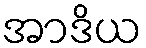
အာဒိယ